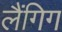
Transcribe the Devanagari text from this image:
लैंगिग